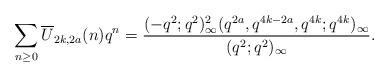
LaTeX: \begin{align*}\sum_{n\geq 0}\overline{U}_{2k,2a}(n)q^n=\frac{(-q^2;q^2)^2_\infty(q^{2a},q^{4k-2a},q^{4k};q^{4k})_\infty}{(q^{2};q^2)_\infty}. \end{align*}